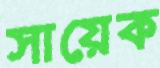
সায়েক